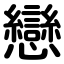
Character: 戀